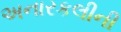
અનારકલીની